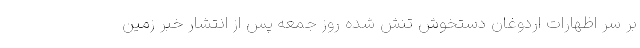
بر سر اظهارات اردوغان دستخوش تنش شده روز جمعه پس از انتشار خبر زمین